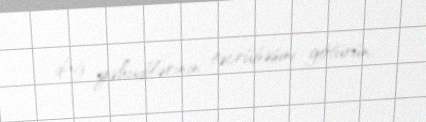
dağ yəhudilərinin təcrübəsini götürün.